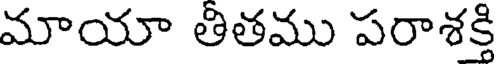
మాయా తితము పరాశక్తి